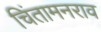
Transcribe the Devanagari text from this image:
चिंतामनराव